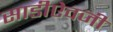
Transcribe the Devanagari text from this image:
साडीऐवजी